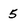
Character: 5